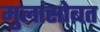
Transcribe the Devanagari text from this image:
मुलांसोबत